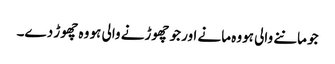
جو ماننے والی ہووہ مانے اور جو چھوڑنے والی ہو وہ چھوڑ دے۔